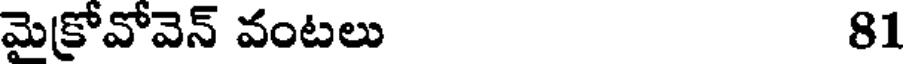
మెక్రోవోవెన్ వంటలు 81